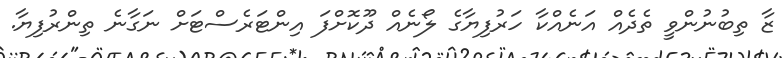
ޒާ ތިބުނުންވީ ތެދެއް އަނެއްކާ ހަރުފިޔާގެ ލޯނެއް ދޫކޮށްފަ އިންޓަރެސްޓަށް ނަގާނެ ތިންރުފިޔާ.